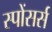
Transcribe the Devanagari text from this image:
स्पोंसर्स